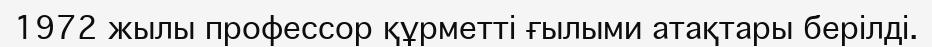
1972 жылы профессор құрметті ғылыми атақтары берілді.